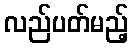
လည်ပတ်မည့်